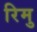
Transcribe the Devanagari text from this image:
रिमु